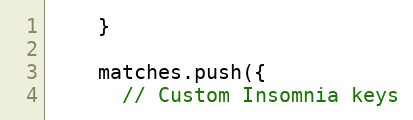
Language: JavaScript
    }

    matches.push({
      // Custom Insomnia keys